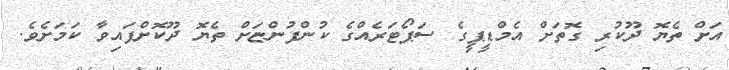
އަށް ތެޔޮ ދޫކުރި ގޮތަށް އެމްޑީޕީގެ ސަޕޯޓަރެއްގެ ކުންފުންޏަށް ތެޔޮ ދޫކޮށްފައިވާ ކަމަށެވެ.